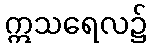
ဣသရေလ၌